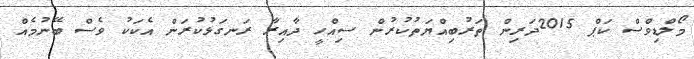
މޯލްޑިވްސް ކަޕް 2015ދަރިން ތަރުބިއްޔަތުކުރުން ސިއްހީ ދާއިރާ ރަނގަޅުކުރަން އެކަކު ވެސް ބޭނުމެއް